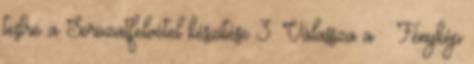
testre a Sorozatfelvétel készítése 3. Válassza a → Fénykép